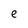
Character: e